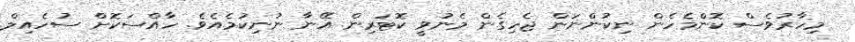
މިހާރުވެސް ކޮންމެހެން ނިކުންނަން ޖެހިގެން މެނުވީ ކޮޓަރިން އޭނާ ނުނިކުމެއެވެ. ހާއްސަކޮށް ސުހެއިލް